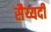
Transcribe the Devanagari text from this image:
सैय्यदी